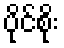
ပိုင်စိုး